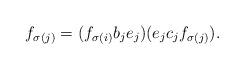
LaTeX: \begin{align*}f_{\sigma(j)}=(f_{\sigma(i)}b_{j}e_{j})(e_{j}c_{j}f_{\sigma(j)}). \end{align*}